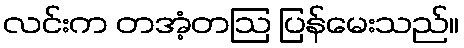
လင်းက တအံ့တဩ ပြန်မေးသည်။